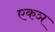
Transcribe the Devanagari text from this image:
एकञ